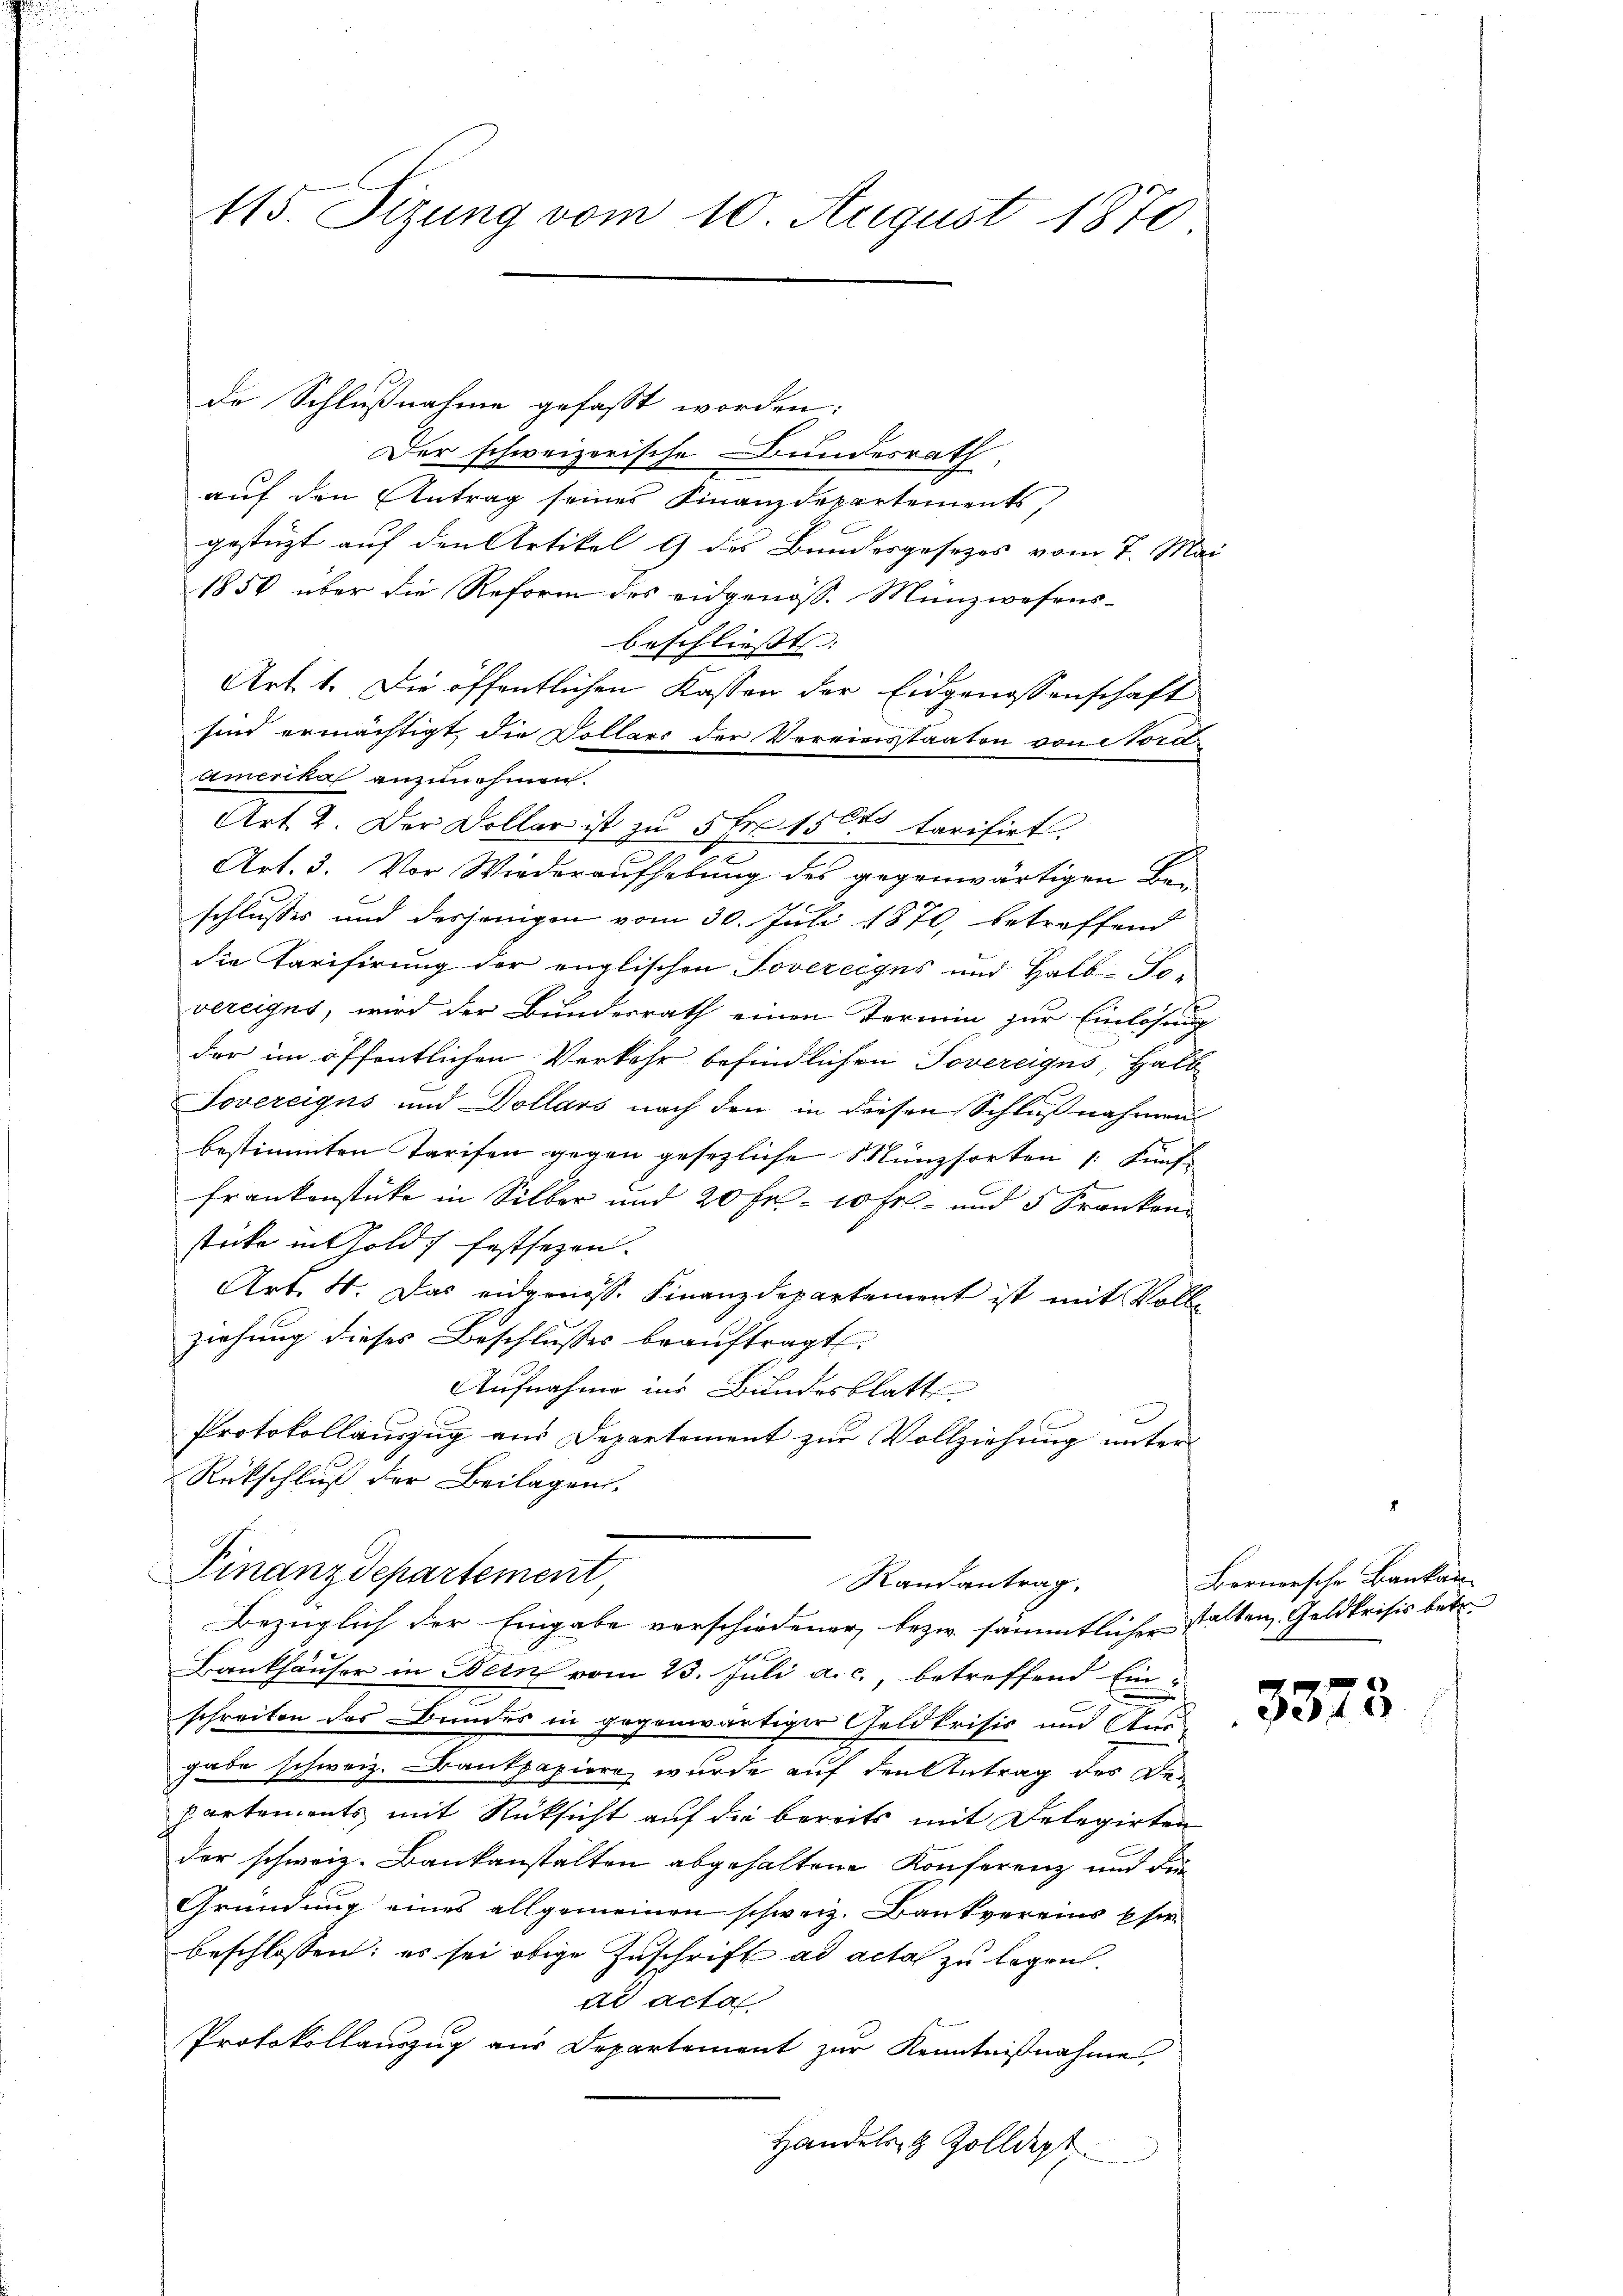
115. Sizung vom 10. August 1870

de Schlußnahme gefasst worden:
Der schweizerische Bundesrath
auf den Antrag seines Finanzdepartements,
gestüzt auf den Artikel 9 des Bundesgesezes vom 7. Mai
1856 über die Reform des eidgenöss. Münzwesens-
beschliesst:
Art. 1. Die öffentlichen Kassen der Eidgenossenschaft
sind ermächtigt, die Dollars der Vereinstaaten von Mord
amerikal anzunehmen.
Art. 2. Der Dollar ist zu 5 Fr. 15000 tarisiet.
Art. 3. Vor Wiederaufhebung des gegenwärtigen Bei
schlusses und desjenigen vom 30. Juli 1870, betreffend
die Tarifirung der englischen Jovereiges und Halb-Fei
vereigns, wird der Bundesrath einen Termin zur Einlösung
der im öffentlichen Verkehr befindlichen Tovereiges, Halb
Jovereigus und Dollars nach den in diesen Schlußnahmen
bestimmten Tarifen gegen gesezliche Münzsorten /: Fünf-
Frankenstücke in Silber und 20 Fr. 10 Fr. und 5 Kranken
stücke in Golds festsezen.
Art. 4. Das eidgenöss. Finanzdepartement ist mit Volle
ziehung dieses Beschlusses beaŭftragt.
Aufnahme ins Bundesblatt

Protokollauszug aus Departement zur Vollziehung unter
Rückschluß der Beilagen.
Finanzdepartement
Randantrag.
Bezüglich der Eingabe verschiedener bezw. sämmtlicher halten Geldkrisis betr.
Bankhäuser in Bern vom 23. Juli a. c., betreffend Ein-
schreiten das Bundes in gegenwärtiger Geldkrisis und
gabe schweiz. Bankpapiere, wurde auf den Antrag des De-
partements mit Rücksicht auf die bereits mit Delegirten
der schweiz. Bankanstalten abgehaltene Konferenz und die
Gründung eines allgemeinen schweiz. Bankvereins Eserbeschlossen: es sei obige Zuschrift ad acta zu legen.
ad acta
Protokollauszug aus Departement zur Kenntnißnahme,
Handelst Zolldept

Bernersche Bankau

3373